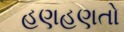
હણહણતો